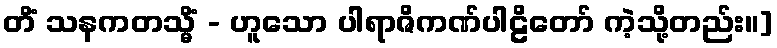
တိံ သနကတသ္မိံ - ဟူသော ပါရာဇိကဏ်ပါဠိတော် ကဲ့သို့တည်း။]